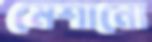
মেশানো